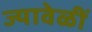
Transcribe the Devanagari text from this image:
ज्यावेळीं